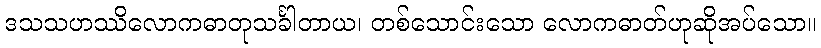
ဒသသဟဿိလောကဓာတုသင်္ခါတာယ၊ တစ်သောင်းသော လောကဓာတ်ဟုဆိုအပ်သော။